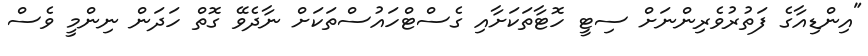
"އިންޑިއާގެ ފަތުރުވެރިންނަށް ސިޓީ ހޮޓާތަކަށާއި ގެސްޓްހައުސްތަކަށް ނާދެވޭ ގޮތް ހަދަން ނިންމީ ވެސް